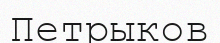
Петрыков